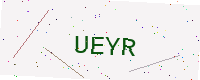
Text: UEYR